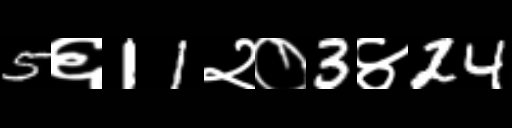
Text: 5६11२०3४24